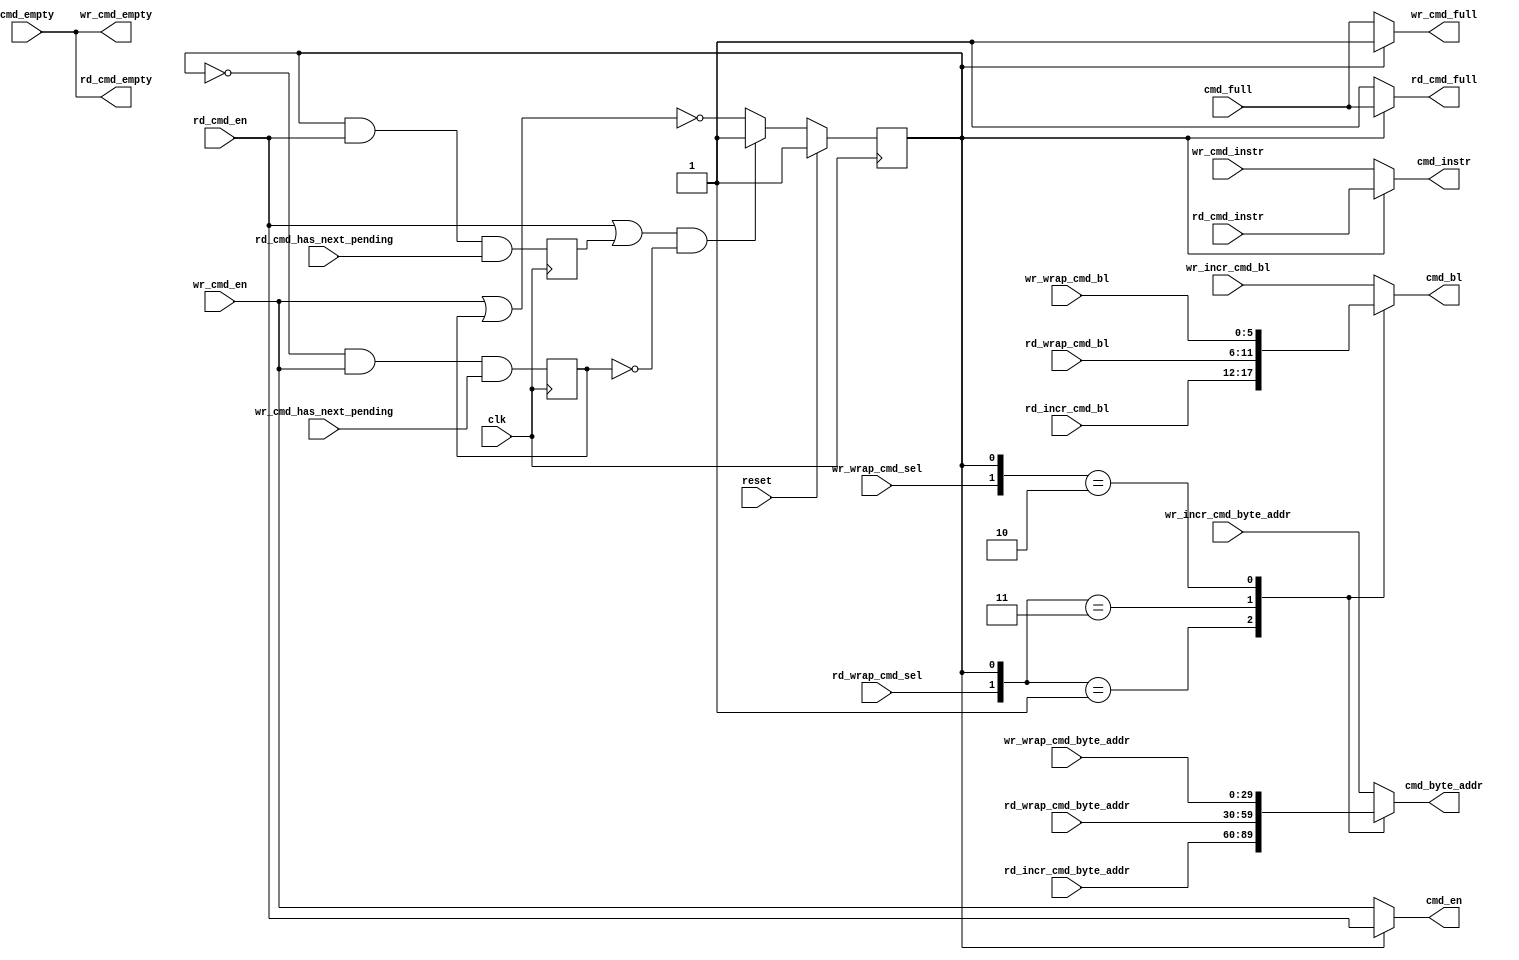
// -- (c) Copyright 2010 Xilinx, Inc. All rights reserved. 
// --                                                             
// -- This file contains confidential and proprietary information 
// -- of Xilinx, Inc. and is protected under U.S. and             
// -- international copyright and other intellectual property     
// -- laws.                                                       
// --                                                             
// -- DISCLAIMER                                                  
// -- This disclaimer is not a license and does not grant any     
// -- rights to the materials distributed herewith. Except as     
// -- otherwise provided in a valid license issued to you by      
// -- Xilinx, and to the maximum extent permitted by applicable   
// -- law: (1) THESE MATERIALS ARE MADE AVAILABLE "AS IS" AND     
// -- WITH ALL FAULTS, AND XILINX HEREBY DISCLAIMS ALL WARRANTIES 
// -- AND CONDITIONS, EXPRESS, IMPLIED, OR STATUTORY, INCLUDING   
// -- BUT NOT LIMITED TO WARRANTIES OF MERCHANTABILITY, NON-      
// -- INFRINGEMENT, OR FITNESS FOR ANY PARTICULAR PURPOSE; and    
// -- (2) Xilinx shall not be liable (whether in contract or tort,
// -- including negligence, or under any other theory of          
// -- liability) for any loss or damage of any kind or nature     
// -- related to, arising under or in connection with these       
// -- materials, including for any direct, or any indirect,       
// -- special, incidental, or consequential loss or damage        
// -- (including loss of data, profits, goodwill, or any type of  
// -- loss or damage suffered as a result of any action brought   
// -- by a third party) even if such damage or loss was           
// -- reasonably foreseeable or Xilinx had been advised of the    
// -- possibility of the same.                                    
// --                                                             
// -- CRITICAL APPLICATIONS                                       
// -- Xilinx products are not designed or intended to be fail-    
// -- safe, or for use in any application requiring fail-safe     
// -- performance, such as life-support or safety devices or      
// -- systems, Class III medical devices, nuclear facilities,     
// -- applications related to the deployment of airbags, or any   
// -- other applications that could lead to death, personal       
// -- injury, or severe property or environmental damage          
// -- (individually and collectively, "Critical                   
// -- Applications"). Customer assumes the sole risk and          
// -- liability of any use of Xilinx products in Critical         
// -- Applications, subject only to applicable laws and           
// -- regulations governing limitations on product liability.     
// --                                                             
// -- THIS COPYRIGHT NOTICE AND DISCLAIMER MUST BE RETAINED AS    
// -- PART OF THIS FILE AT ALL TIMES.                             
// --  
///////////////////////////////////////////////////////////////////////////////
//
//
// Description: 
// This arbiter arbitrates commands from the read and write address channels
// of AXI to the single CMD channel of the MCB interface.  The inputs are the
// read and write commands that have already been translated to the MCB
// format.
//
///////////////////////////////////////////////////////////////////////////////
`timescale 1ps/1ps
`default_nettype none

module axi_mcb_cmd_arbiter #
(
///////////////////////////////////////////////////////////////////////////////
// Parameter Definitions
///////////////////////////////////////////////////////////////////////////////
                    // Width of cmd_byte_addr
                    // Range: 30
  parameter integer C_MCB_ADDR_WIDTH    = 30
)
(
///////////////////////////////////////////////////////////////////////////////
// Port Declarations     
///////////////////////////////////////////////////////////////////////////////
  // AXI Slave Interface
  // Slave Interface System Signals           
  input  wire                                 clk              , 
  input  wire                                 reset            , 

  input  wire                                 wr_cmd_en        , 
  input  wire [2:0]                           wr_cmd_instr     , 
  input  wire                                 wr_wrap_cmd_sel       ,
  input  wire [5:0]                           wr_wrap_cmd_bl        , 
  input  wire [C_MCB_ADDR_WIDTH-1:0]          wr_wrap_cmd_byte_addr , 
  input  wire [5:0]                           wr_incr_cmd_bl        , 
  input  wire [C_MCB_ADDR_WIDTH-1:0]          wr_incr_cmd_byte_addr , 
  output wire                                 wr_cmd_empty     , 
  output wire                                 wr_cmd_full      , 
  input  wire                                 wr_cmd_has_next_pending ,

  input  wire                                 rd_cmd_en        , 
  input  wire [2:0]                           rd_cmd_instr     , 
  input  wire                                 rd_wrap_cmd_sel       ,
  input  wire [5:0]                           rd_wrap_cmd_bl        , 
  input  wire [C_MCB_ADDR_WIDTH-1:0]          rd_wrap_cmd_byte_addr , 
  input  wire [5:0]                           rd_incr_cmd_bl        , 
  input  wire [C_MCB_ADDR_WIDTH-1:0]          rd_incr_cmd_byte_addr , 
  output wire                                 rd_cmd_empty     , 
  output wire                                 rd_cmd_full      , 
  input  wire                                 rd_cmd_has_next_pending ,

  output wire                                 cmd_en           , 
  output wire [2:0]                           cmd_instr        , 
  output wire [5:0]                           cmd_bl           , 
  output wire [C_MCB_ADDR_WIDTH-1:0]          cmd_byte_addr    , 
  input  wire                                 cmd_empty        , 
  input  wire                                 cmd_full

);

////////////////////////////////////////////////////////////////////////////////
// Local parameters
////////////////////////////////////////////////////////////////////////////////
localparam P_ARB_ALGO = "READ_PRIORITY_REG";
//localparam P_ARB_ALGO = "ROUND_ROBIN";

////////////////////////////////////////////////////////////////////////////////
// Wires/Reg declarations
////////////////////////////////////////////////////////////////////////////////
wire                        rnw;
reg [C_MCB_ADDR_WIDTH-1:0]  cmd_byte_addr_i;
reg [5:0]                   cmd_bl_i;
reg                         wr_cmd_en_last;
reg                         rd_cmd_en_last;
////////////////////////////////////////////////////////////////////////////////
// BEGIN RTL
////////////////////////////////////////////////////////////////////////////////
assign cmd_en        = rnw ? rd_cmd_en : wr_cmd_en;
assign cmd_instr     = rnw ? rd_cmd_instr     : wr_cmd_instr;
assign cmd_bl        = cmd_bl_i;
assign cmd_byte_addr = cmd_byte_addr_i;
assign wr_cmd_empty  = cmd_empty;
assign wr_cmd_full   = rnw ? 1'b1 : cmd_full;
assign rd_cmd_empty  = cmd_empty;
assign rd_cmd_full   = ~rnw ? 1'b1 : cmd_full;


always @(*) begin
  casex ({wr_wrap_cmd_sel, rd_wrap_cmd_sel, rnw}) // synopsys parallel_case
    3'bx01: cmd_byte_addr_i = rd_incr_cmd_byte_addr;
    3'bx11: cmd_byte_addr_i = rd_wrap_cmd_byte_addr;
    3'b1x0: cmd_byte_addr_i = wr_wrap_cmd_byte_addr;
    default: cmd_byte_addr_i = wr_incr_cmd_byte_addr; // 3'b0x0
  endcase
end

always @(*) begin
  casex ({wr_wrap_cmd_sel, rd_wrap_cmd_sel, rnw}) // synopsys parallel_case
    3'bx01: cmd_bl_i = rd_incr_cmd_bl;
    3'bx11: cmd_bl_i = rd_wrap_cmd_bl;
    3'b1x0: cmd_bl_i = wr_wrap_cmd_bl;
    default: cmd_bl_i = wr_incr_cmd_bl; // 3'b0x0
  endcase
end

generate
  // TDM Arbitration scheme
  if (P_ARB_ALGO == "TDM") begin : TDM
    reg rnw_i;
    // Register rnw status
    always @(posedge clk) begin
      if (reset) begin
        rnw_i <= 1'b0;
      end else begin
        rnw_i <= ~rnw_i;
      end
    end
    assign rnw = rnw_i;
  end
  else if (P_ARB_ALGO == "ROUND_ROBIN") begin : ROUND_ROBIN
    reg rnw_i;
    // Register rnw status
    always @(posedge clk) begin
      if (reset) begin
        rnw_i <= 1'b0;
      end else begin
        rnw_i <= ~rnw_i;
      end
    end
    assign rnw = (rnw_i & rd_cmd_en) | (~rnw_i & rd_cmd_en & ~wr_cmd_en);
  end
  else if (P_ARB_ALGO == "ROUND_ROBIN") begin : ROUND_ROBIN
    reg rnw_i;
    // Register rnw status
    always @(posedge clk) begin
      if (reset) begin
        rnw_i <= 1'b0;
      end else begin
        rnw_i <= ~rnw_i;
      end
    end
    assign rnw = (rnw_i & rd_cmd_en) | (~rnw_i & rd_cmd_en & ~wr_cmd_en);
  end
  else if (P_ARB_ALGO == "READ_PRIORITY_REG") begin : READ_PRIORITY_REG
    reg rnw_i;
    reg rd_cmd_en_last;
    reg wr_cmd_en_last;
    wire rd_req;
    wire wr_req;
    always @(posedge clk) begin
      rd_cmd_en_last <= rnw & rd_cmd_en & rd_cmd_has_next_pending;
      wr_cmd_en_last <= ~rnw & wr_cmd_en & wr_cmd_has_next_pending;
    end
    // Register rnw status
    always @(posedge clk) begin
      if (reset) begin
        rnw_i <= 1'b1;
      end else begin
        // Only set RNW to 0 if there is a write pending and read is idle
        rnw_i <= rd_req & ~wr_cmd_en_last ? 1'b1 : ~wr_req;
      end
    end

    assign rd_req = rd_cmd_en | rd_cmd_en_last;
    assign wr_req = wr_cmd_en | wr_cmd_en_last;
    assign rnw = rnw_i;
  end
  else if (P_ARB_ALGO == "READ_PRIORITY") begin : READ_PRIORITY
    assign rnw = ~(wr_cmd_en & ~rd_cmd_en);
  end
  else if (P_ARB_ALGO == "WRITE_PRIORITY_REG") begin : WRITE_PRIORITY_REG
    reg rnw_i;
    // Register rnw status
    always @(posedge clk) begin
      if (reset) begin
        rnw_i <= 1'b0;
      end else begin
        // Only set RNW to 1 if there is a read pending and write is idle
        rnw_i <= (~wr_cmd_en & rd_cmd_en);
      end
    end
    assign rnw = rnw_i;
  end
  else begin : WRITE_PRIORITY
    assign rnw =  (~wr_cmd_en & rd_cmd_en);
  end
endgenerate

endmodule
`default_nettype wire